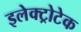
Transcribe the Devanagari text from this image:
इलेक्ट्रोटेक